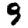
Digit: 9